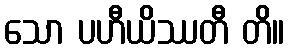
သော ပဟီယိဿတီ တိ။